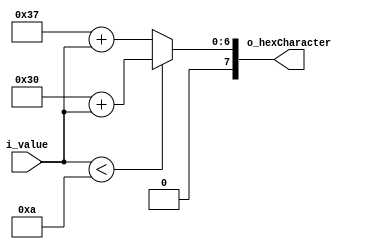
module toHex (input [3:0] i_value,
            output [7:0] o_hexCharacter);

/* Change 4-bit i_value to ASCII number or letter depending on value */
assign o_hexCharacter = (i_value < 4'hA) ? (8'd48 + i_value) : (8'd55 + i_value);

endmodule